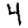
Digit: 4